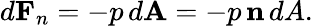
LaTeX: d\mathbf{F}_{n}=-p\, d\mathbf{A}=-p\, \mathbf{n}\, dA.